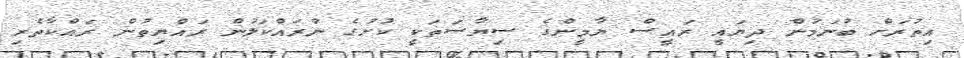
އިތުރަށް ބުނަމުން ދިޔައީ ރައީސް ޔާމީންގެ ސިޔާސަތަކީ ކުށުގެ ނުރައްކަލުން ރައްޔިތުން ރައްކާތެރި